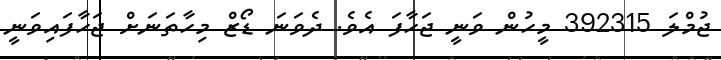
ޖުމްލަ 392315 މީހުން ވަނީ ޖަހާފަ އެވެ. ދެވަނަ ޑޯޒް މިހާތަނަށް ޖަހާފައިވަނީ